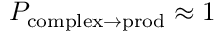
P _ { \mathrm { c o m p l e x } \to \mathrm { p r o d } } \approx 1